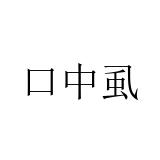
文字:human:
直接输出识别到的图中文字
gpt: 口中虱